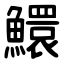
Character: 鱞